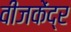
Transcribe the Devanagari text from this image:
वीजकेंद्र